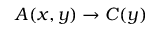
A ( x , y ) \rightarrow C ( y )